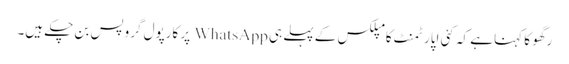
رگھو کا کہنا ہے کہ کئی اپارٹمنٹ کامپلکس کے پہلے ہی WhatsApp پر کارپول گروپس بن چکے ہیں۔